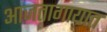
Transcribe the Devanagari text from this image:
आजतागायात